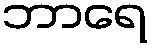
ဘာရေ